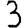
Digit: 3